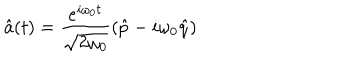
\hat { a } ( t ) = \frac { { e } ^ { i \omega _ { 0 } t } } { \sqrt { 2 \omega _ { 0 } } } \left( \hat { p } - i \omega _ { 0 } \hat { q } \right)